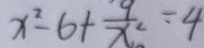
x ^ { 2 } - 6 + \frac { 9 } { x ^ { 2 } } = 4